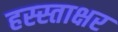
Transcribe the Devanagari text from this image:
हस्स्ताक्षर